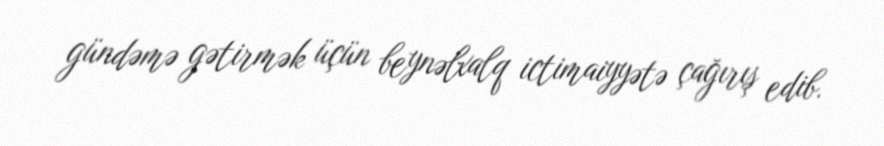
gündəmə gətirmək üçün beynəlxalq ictimaiyyətə çağırış edib.